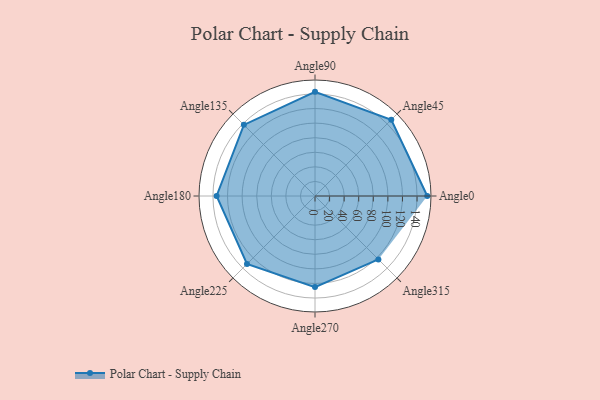
{"axis": {"x": "Angle", "y": "Radius"}, "legend": [""], "data": [{"x": "Angle0", "y": 154.0, "type": ""}, {"x": "Angle45", "y": 148.0, "type": ""}, {"x": "Angle90", "y": 143.0, "type": ""}, {"x": "Angle135", "y": 138.0, "type": ""}, {"x": "Angle180", "y": 135.0, "type": ""}, {"x": "Angle225", "y": 132.0, "type": ""}, {"x": "Angle270", "y": 125.0, "type": ""}, {"x": "Angle315", "y": 123.0, "type": ""}]}